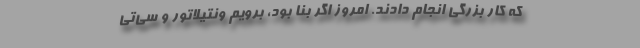
که کار بزرگی انجام دادند. امروز اگر بنا بود، برویم ونتیلاتور و سی‌تی